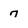
Character: 7